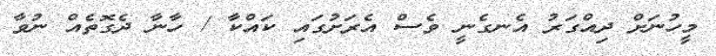
މީހުނަށް ދިއްގަަރު އެނގެނީ ވެސް އެރަށުގައި ކައްކާ / ހާނާ ދެގޮތެއް ނުވާ